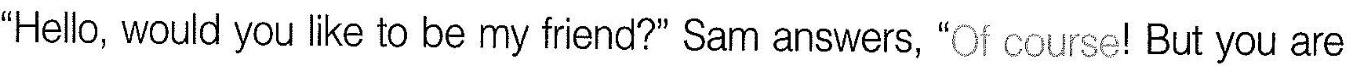
"Hello, would youlike to be my friend?" Sam answers, "Of course! But you are